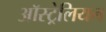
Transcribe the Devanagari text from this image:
आॅस्ट्रेलियन